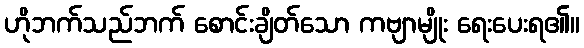
ဟိုဘက်သည်ဘက် စောင်းချိတ်သော ကဗျာမျိုး ရေးပေးရ၏။